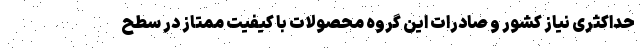
حداکثری نیاز کشور و صادرات این گروه محصولات با کیفیت ممتاز در سطح